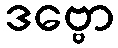
ဒဗ္ဗော